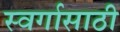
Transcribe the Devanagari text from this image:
स्वर्गासाठी